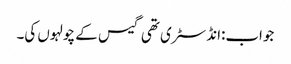
جواب:انڈسٹری تھی گیس کے چولہوں کی۔